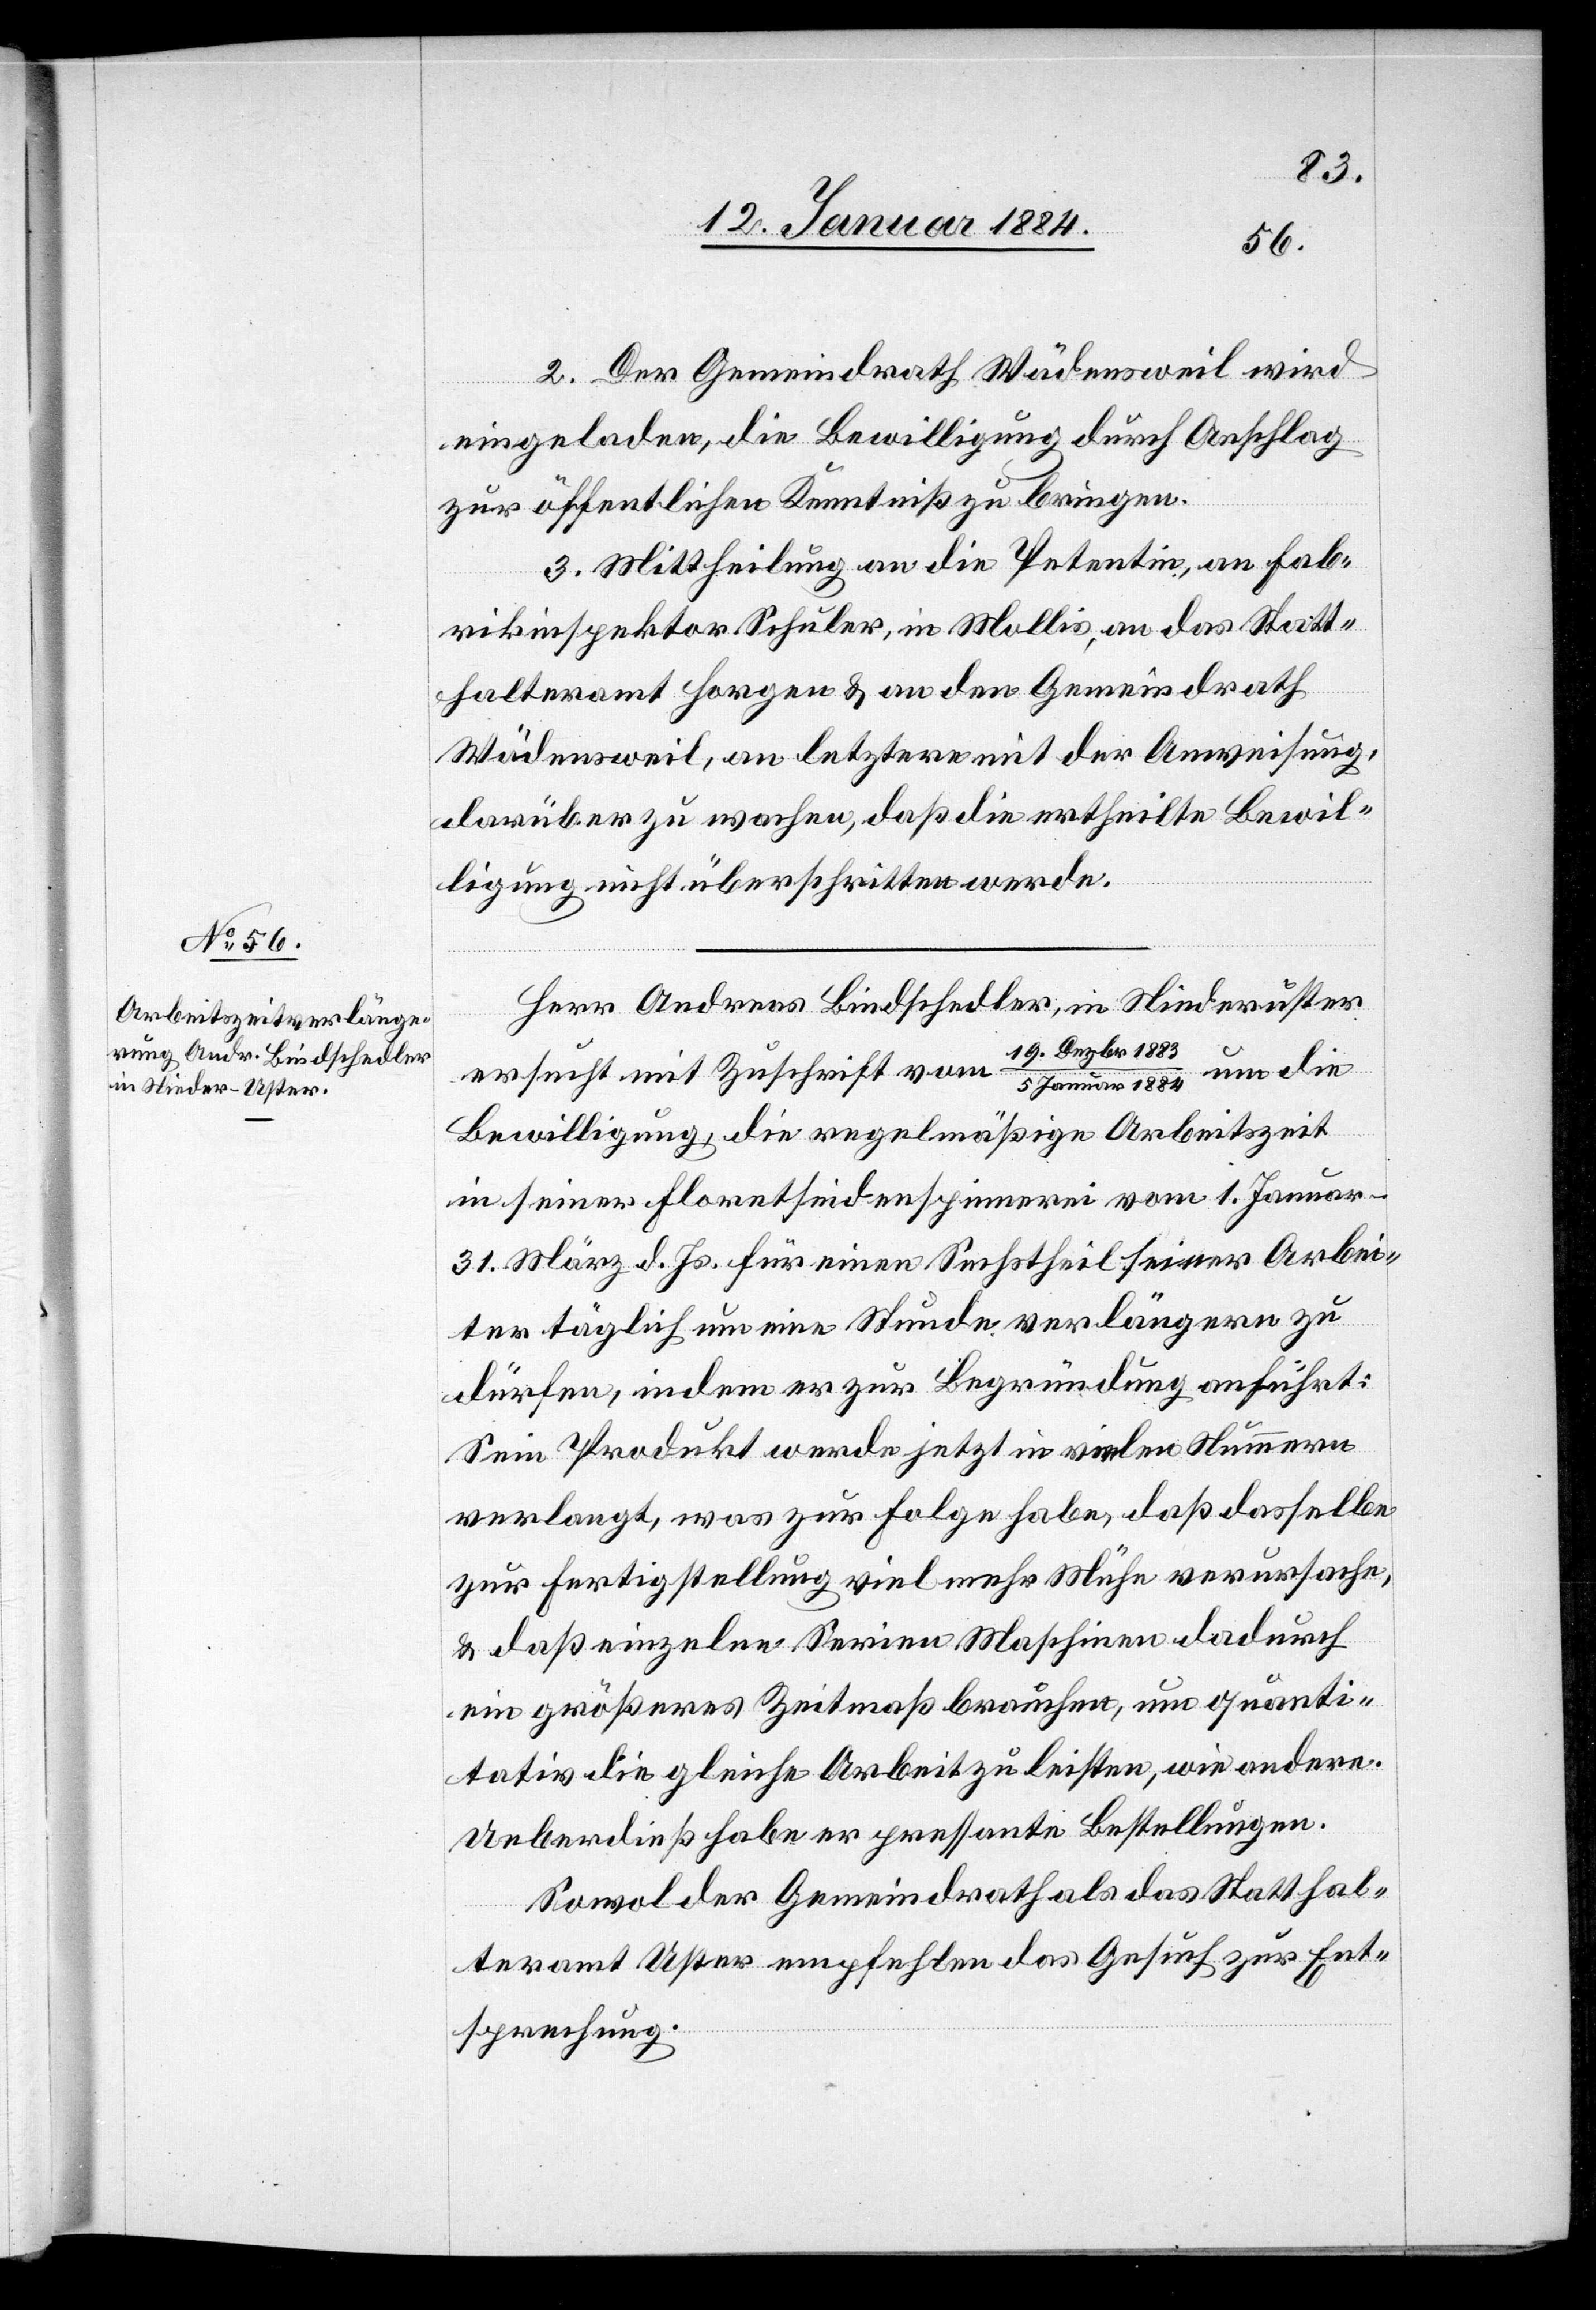
1883/5. Januar 1884
2. Der Gemeindrath Wädensweil wird
eingeladen, die Bewilligung durch Anschlag
zur öffentlichen Kenntniß zu bringen.
3. Mittheilung an die Petentin, an Fab¬
rikinspektor Schuler, in Mollis, an das Statt¬
halteramt Horgen & an den Gemeindrath
Wädensweil, an letztere mit der Anweisung,
darüber zu wachen, daß die ertheilte Bewil¬
ligung nicht überschritten werde.
Herr Andreas Bindschedler, in Niederuster,
um die
ersucht mit Zuschrift vom 19. Dezbr.
Bewilligung, die regelmäßige Arbeitszeit
in seiner Floretseidenspinnerei vom 1. Janua¬
r–31. März d. Js. für einen Sechstheil seiner Arbei¬
ter täglich um eine Stunde verlängern zu
dürfen, indem er zur Begründung anführt:
Sein Produkt werde jetzt in vielen Nummern
verlangt, was zur Folge habe, daß dasselbe
zur Fertigstellung vielmehr Mühe verursache
& daß einzelne Serienmaschinen dadurch
ein größeres Zeitmaß brauchen, um quanti¬
tativ die gleiche Arbeit zu leisten, wie andere.
Ueberdieß habe er pressante Bestellungen.
Sowol der Gemeindrath als das Statthal¬
teramt Uster empfehlen das Gesuch zur Ent¬
sprechung.